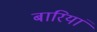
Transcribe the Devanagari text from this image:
बारियां